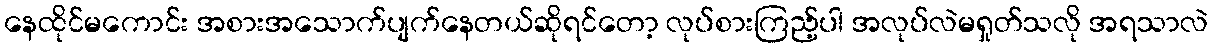
နေထိုင်မကောင်း အစားအသောက်ပျက်နေတယ်ဆိုရင်တော့ လုပ်စားကြည့်ပါ အလုပ်လဲမရှုတ်သလို အရသာလဲ